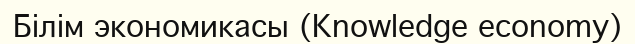
Білім экономикасы (Knowledge economy)